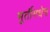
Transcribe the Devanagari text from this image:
मूर्तीमधेच